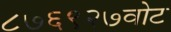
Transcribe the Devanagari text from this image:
८७६९२७वोट